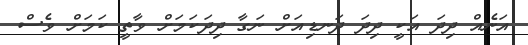
އަނެއް ދިދަ އަކީ ދިދަ ދަނޑިއަށް ނަގާ ދިދަކަމަށް ވާތީ ކަމަށް ވެސް